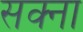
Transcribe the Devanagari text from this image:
सक्ना